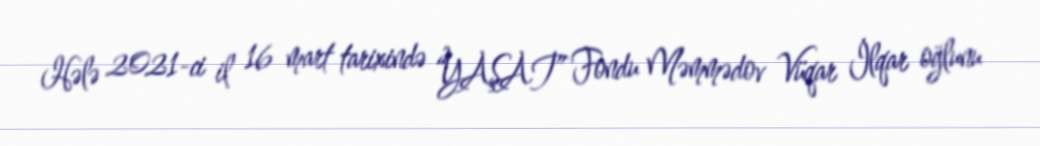
Hələ 2021-ci il 16 mart tarixində “YAŞAT” Fondu Məmmədov Vüqar İlqar oğlunu